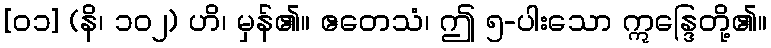
[၀၁] (နိ၊ ၁၀၂) ဟိ၊ မှန်၏။ ဧတေသံ၊ ဤ ၅-ပါးသော ဣန္ဒြေတို့၏။